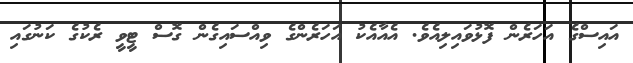
އައިސްގެ އަހަރެން ފޮޅުވައިލިއެވެ. އެއާއެކު އަހަރެންގެ ވިއްސައިގެން ގޮސް ޓީވީ ރެކުގެ ކަނުގައި